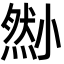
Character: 𡮫